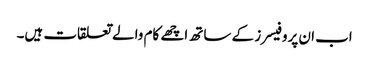
اب ان پروفیسرز کے ساتھ اچھے کام والے تعلقات ہیں۔